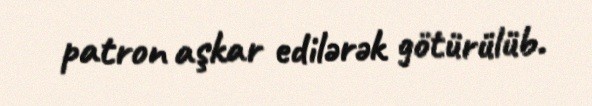
patron aşkar edilərək götürülüb.